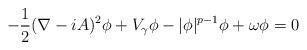
LaTeX: \begin{align*} -\frac{1}{2}(\nabla-iA)^2 \phi + V_\gamma \phi - |\phi|^{p-1}\phi + \omega \phi =0\end{align*}